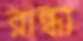
রান্ধা